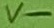
Text: V-